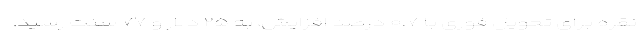
نقره برای تحویل فوری با ۰.۷ درصد افزایش، به ۲۵ دلار و ۷۷ سنت رسید.